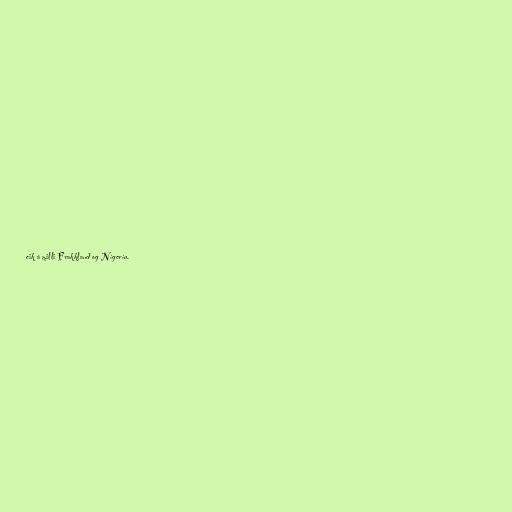
eik á milli Frakkland og Nígeríu.